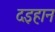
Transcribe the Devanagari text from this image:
दइहान